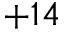
+ 1 4